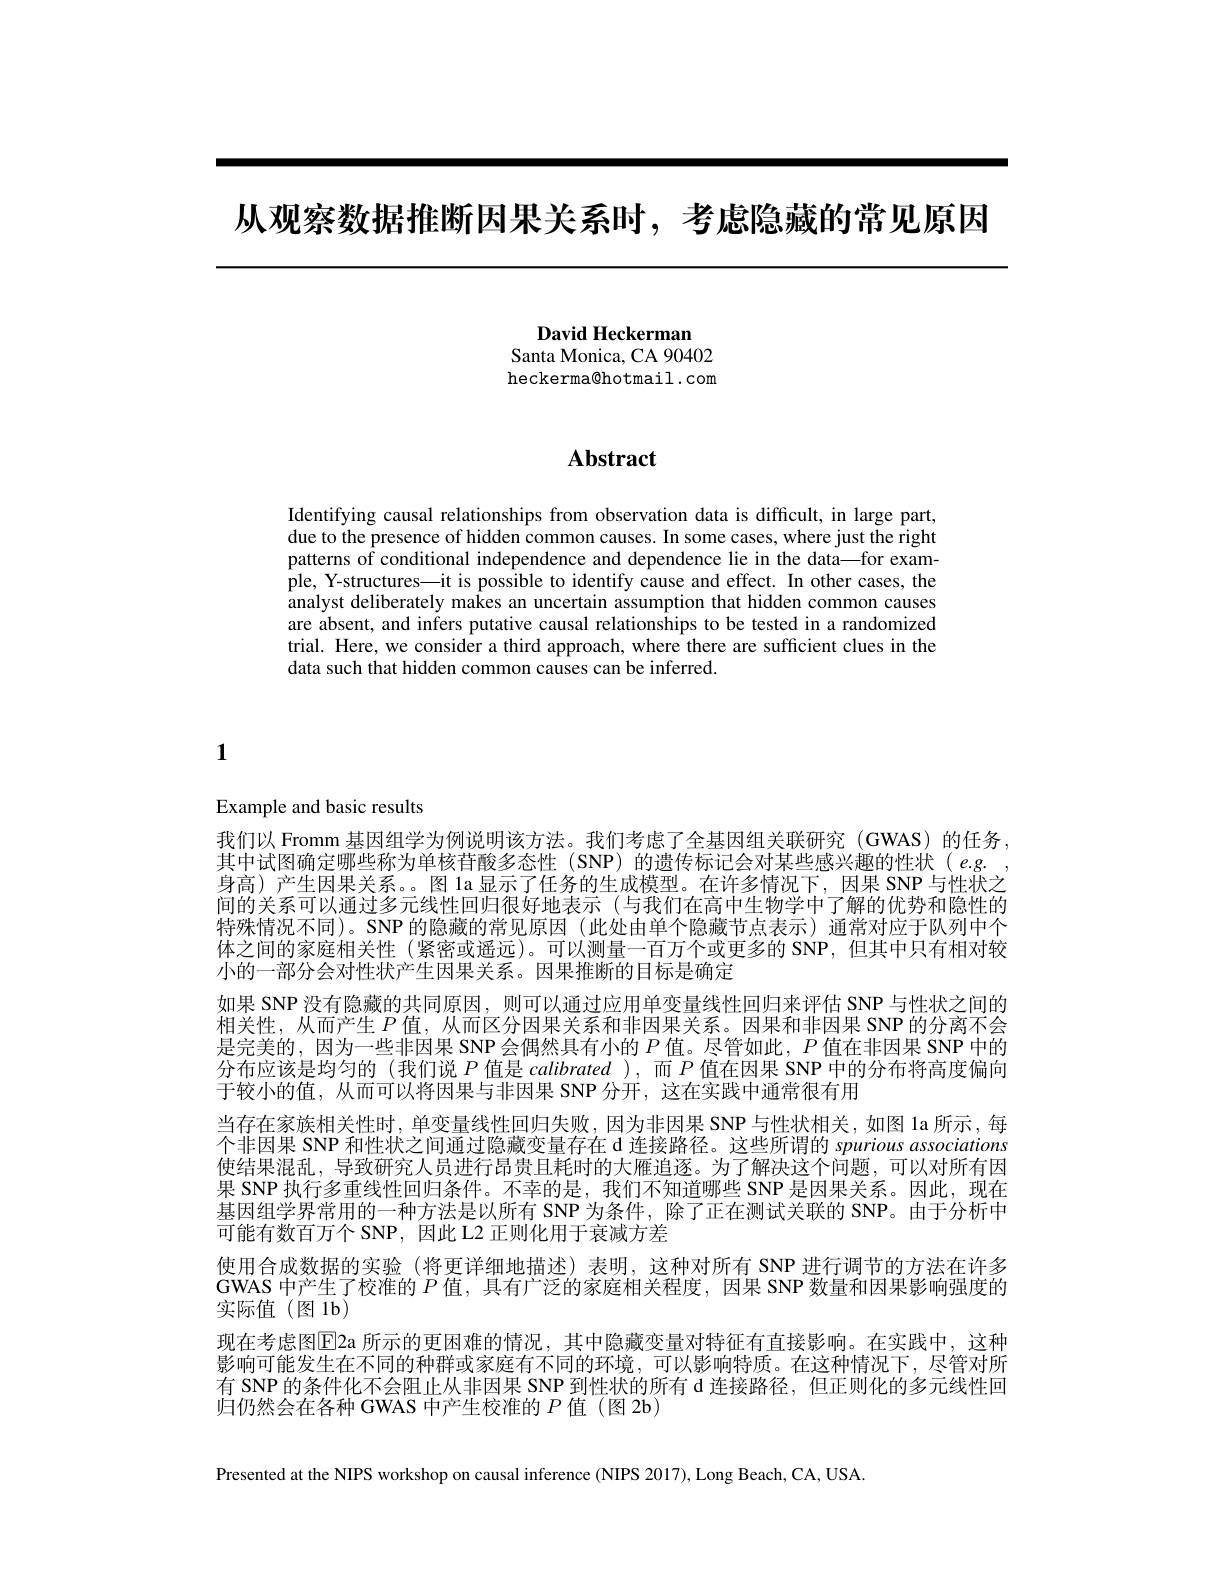
从观察数据推断因果关系时，考虑隐藏的常见原因

David Heckerman
Santa Monica, CA 90402 heckerma@hotmail.com

# Abstract

Identifying causal relationships from observation data is difficult, in large part, due to the presence of hidden common causes. In some cases, where just the right patterns of conditional independence and dependence lie in the data—for example, Y-structures—it is possible to identify cause and effect. In other cases, the analyst deliberately makes an uncertain assumption that hidden common causes are absent, and infers putative causal relationships to be tested in a randomized trial. Here, we consider a third approach, where there are sufficient clues in the data such that hidden common causes can be inferred.

1

Example and basic results

我们以 Fromm 基因组学为例说明该方法。我们考虑了全基因组关联研究(GWAS)的任务， 其中试图确定哪些称为单核苷酸多态性(SNP)的遗传标记会对某些感兴趣的性状(e.g., 身高)产生因果关系。图 la 显示了任务的生成模型。在许多情况下，因果 SNP 与性状之间的关系可以通过多元线性回归很好地表示 (与我们在高中生物学中了解的优势和隐性的特殊情况不同)。SNP 的隐藏的常见原因 (此处由单个隐藏节点表示)通常对应于队列中个体之间的家庭相关性 (紧密或遥远)。可以测量一百万个或更多的 SNP,但其中只有相对较小的一部分会对性状产生因果关系。因果推断的目标是确定
如果 SNP 没有隐藏的共同原因，则可以通过应用单变量线性回归来评估 SNP 与性状之间的相关性，从而产生$P$值，从而区分因果关系和非因果关系。因果和非因果 SNP 的分离不会是完美的，因为一些非因果 SNP 会偶然具有小的$P$值。尽管如此，$P$值在非因果 SNP 中的分布应该是均匀的(我们说$P$值是 calibrated ),而$P$值在因果 SNP 中的分布将高度偏向于较小的值，从而可以将因果与非因果 SNP 分开，这在实践中通常很有用
当存在家族相关性时，单变量线性回归失败，因为非因果 SNP 与性状相关，如图 la 所示，每个非因果 SNP 和性状之间通过隐藏变量存在 d 连接路径。这些所谓的 spurious associations 使结果混乱，导致研究人员进行昂贵且耗时的大雁追逐。为了解决这个问题，可以对所有因果 SNP 执行多重线性回归条件。不幸的是，我们不知道哪些 SNP 是因果关系。因此，现在基因组学界常用的一种方法是以所有 SNP 为条件，除了正在测试关联的 SNP。由于分析中可能有数百万个 SNP,因此 L2 正则化用于衰减方差
使用合成数据的实验 (将更详细地描述)表明，这种对所有 SNP 进行调节的方法在许多GWAS 中产生了校准的$P$值，具有广泛的家庭相关程度，因果 SNP 数量和因果影响强度的实际值(图1b)
现在考虑图$\overline{\mathrm{E}}$2a 所示的更困难的情况，其中隐藏变量对特征有直接影响。在实践中，这种影响可能发生在不同的种群或家庭有不同的环境，可以影响特质。在这种情况下，尽管对所有 SNP 的条件化不会阻止从非因果 SNP 到性状的所有 d 连接路径，但正则化的多元线性回归仍然会在各种 GWAS 中产生校准的$P$值(图 2b)

Presented at the NIPS workshop on causal inference (NIPS 2017), Long Beach, CA, USA.